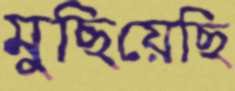
মুছিয়েছি